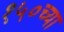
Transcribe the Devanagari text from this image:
१५०च्या